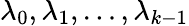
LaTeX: \lambda_{0},\lambda_{1},\dots,\lambda_{k-1}